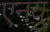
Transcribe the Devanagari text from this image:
एनयु